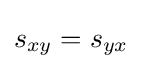
s_{xy}=s_{yx}\